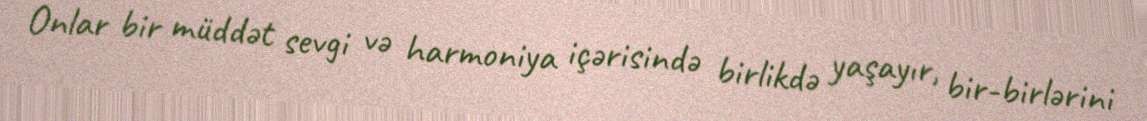
Onlar bir müddət sevgi və harmoniya içərisində birlikdə yaşayır, bir-birlərini